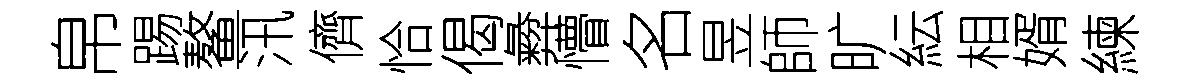
帛踢鳌汛儕恰偈彜懵名昱師旷紜相婿練